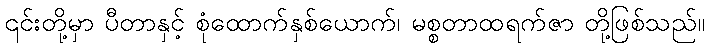
၎င်းတို့မှာ ပီတာနှင့် စုံထောက်နှစ်ယောက်၊ မစ္စတာထရက်ဇာ တို့ဖြစ်သည်။